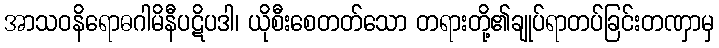
အာသဝနိရောဓဂါမိနီပဋိပဒါ၊ ယိုစီးစေတတ်သော တရားတို့၏ချုပ်ရာတပ်ခြင်းတဏှာမှ